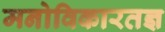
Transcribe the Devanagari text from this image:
मनोविकारतज्ञ